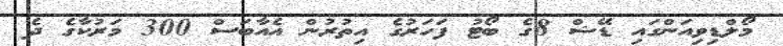
މޯލްޑިވިއަންގައި ޑޭޝް 8ގެ ބޯޓު ފަހަރުގެ އިތުރުން އެއާބަސް 300 މަރުކާގެ ދެ